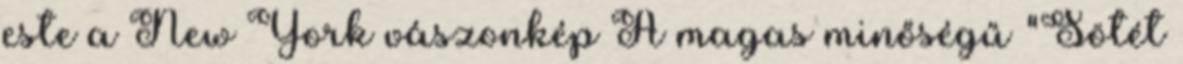
este a New York vászonkép A magas minőségű "Sötét